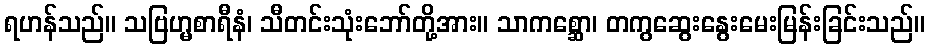
ရဟန်သည်။ သဗြဟ္မစာရီနံ၊ သီတင်းသုံးဘော်တို့အား။ သာကစ္ဆော၊ တကွဆွေးနွေးမေးမြန်းခြင်းသည်။